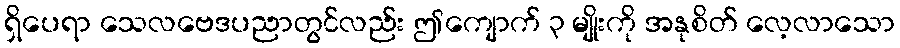
ရှိပေရာ သေလဗေဒပညာတွင်လည်း ဤကျောက် ၃ မျိုးကို အနုစိတ် လေ့လာသော